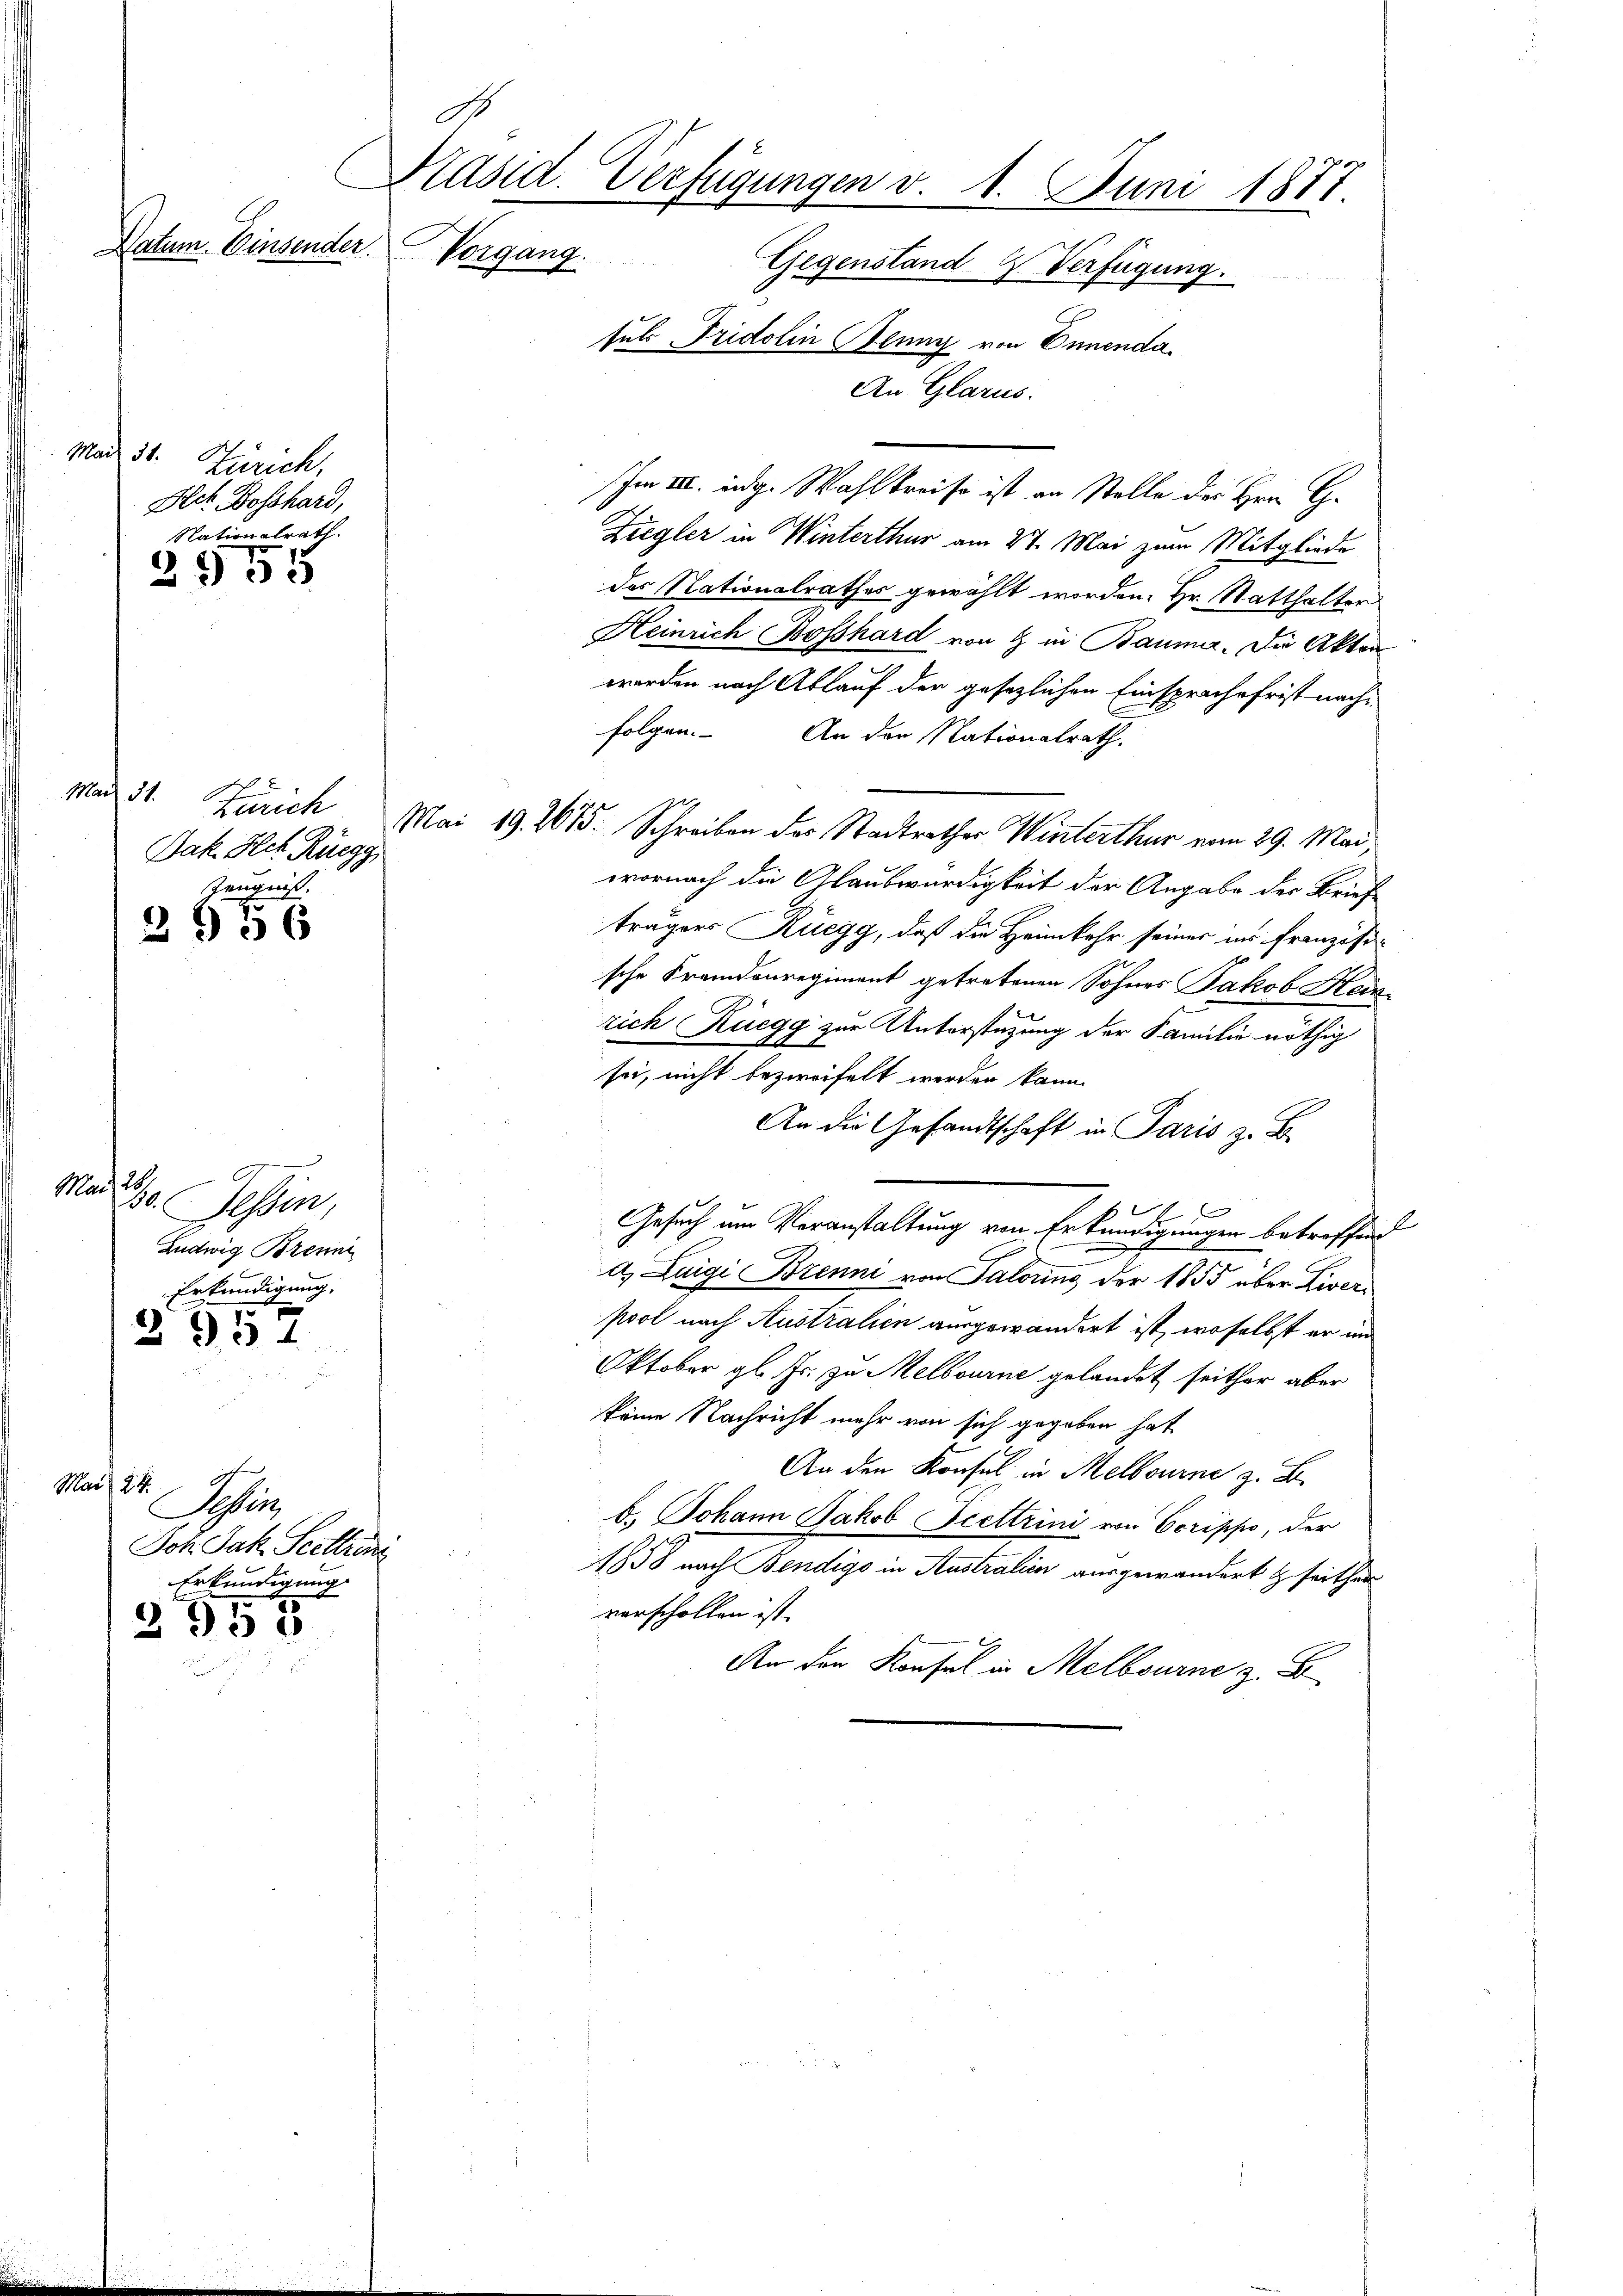
Datum. Einsender.

do
Präsid. Verfügungen v. 1. Juni 1871
Vorgang.
Gegenstand 4. Verfügung.
suls Fridolin Glung von Ennenda
An Glarus.

Mad. 31. Zürich,
Act. Bosshard,
Nationalrath.

2555

Mais 31.
Jak. Hch. Rüegg
Zeugniß.

2956

Mai 28.
30. Tessin,
Ludwig Brenn
igung.
Erkunde

2254

Mai 18
Sohes
Joh. Jak. Stelleine
Erkundigung.

2950

im III. eidg. Wahlkreise ist an Stelle des Hrn. G.
Ziegler in Winterthur am 27. Mai zum Mitgliede
das Nationalrathes gewählt worden. Hr. Statthalter
Heinrich Bosshard von & in Bauma. Die Akten
worden nach Ablauf der gesezlichen Einsprache frist nachfolgen. An der Nationalrath.
Zürich Mai 19. 2615. Schreiben des Stadtrather Winterthur vom 29. Mai,
wornach die Glaubwürdigkeit der Angabe der Brief
trägers Ruegg, daß die Heimkehr seiner ins Französi-
sche Fremdenregiment getretenen Sohnes Jakob Heinrich Ruegg zur Unterstüzung der Familie nöthig
sei, nicht bezweifelt werden kann.
An die Gesandtschaft in Paris z. B.
A
Gesuch um Veranstaltung von Erkundigungen betreffend
a) Luigi Brenni von Salorins der 1855 über Liverpool nach Australien ausgewandert ist, woselbst er in
Oktober gl. Fr. zu Melbourne gelandet seither aber
keine Nachricht mehr von sich gegeben hat
An den Konsul in Melbourne z. B.
b. Johann Jakob Scettrini von Scrippo, der
1858 nach Bendigo in Australien ausgewandert & seither
vorschollen ist.
An den Konsul in Melbourne z. B.